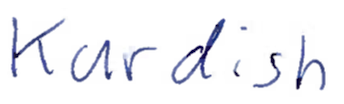
Text: Kurdish
Cross-out: clean
Writing tool: ballpoint